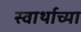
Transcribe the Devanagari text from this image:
स्वार्थाच्या